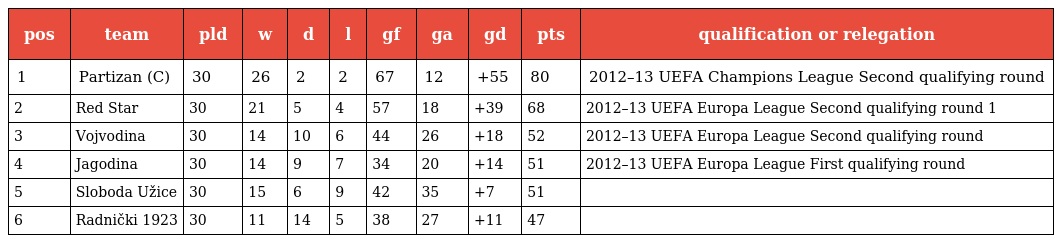
| pos | team | pld | w | d | l | gf | ga | gd | pts | qualification or relegation |
 | --- | --- | --- | --- | --- | --- | --- | --- | --- | --- | --- |
 | 1 | Partizan (C) | 30 | 26 | 2 | 2 | 67 | 12 | +55 | 80 | 2012–13 UEFA Champions League Second qualifying round |
 | 2 | Red Star | 30 | 21 | 5 | 4 | 57 | 18 | +39 | 68 | 2012–13 UEFA Europa League Second qualifying round 1 |
 | 3 | Vojvodina | 30 | 14 | 10 | 6 | 44 | 26 | +18 | 52 | 2012–13 UEFA Europa League Second qualifying round |
 | 4 | Jagodina | 30 | 14 | 9 | 7 | 34 | 20 | +14 | 51 | 2012–13 UEFA Europa League First qualifying round |
 | 5 | Sloboda Užice | 30 | 15 | 6 | 9 | 42 | 35 | +7 | 51 |  |
 | 6 | Radnički 1923 | 30 | 11 | 14 | 5 | 38 | 27 | +11 | 47 |  |